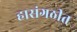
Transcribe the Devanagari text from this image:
हासंगठीत